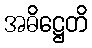
အဓိဋ္ဌေတိ